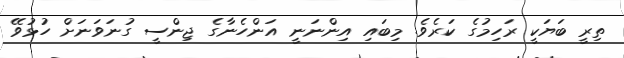
ތިރީ ބަޔަކީ ރަހިމުގެ ކަރެވެ. މިބައި އިންނަނީ އަންހެނާގެ ޖިންސީ ގުނަވަނަށް ހުޅުވޭ